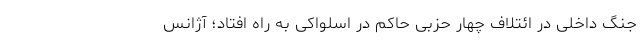
جنگ داخلی در ائتلاف چهار حزبی حاکم در اسلواکی به راه افتاد؛ آژانس